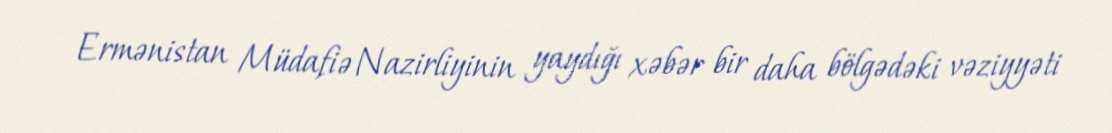
Ermənistan Müdafiə Nazirliyinin yaydığı xəbər bir daha bölgədəki vəziyyəti